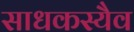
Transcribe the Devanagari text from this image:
साधकस्यैव